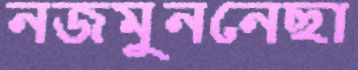
নজমুননেছা